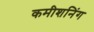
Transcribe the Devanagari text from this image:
कमीशनिंग